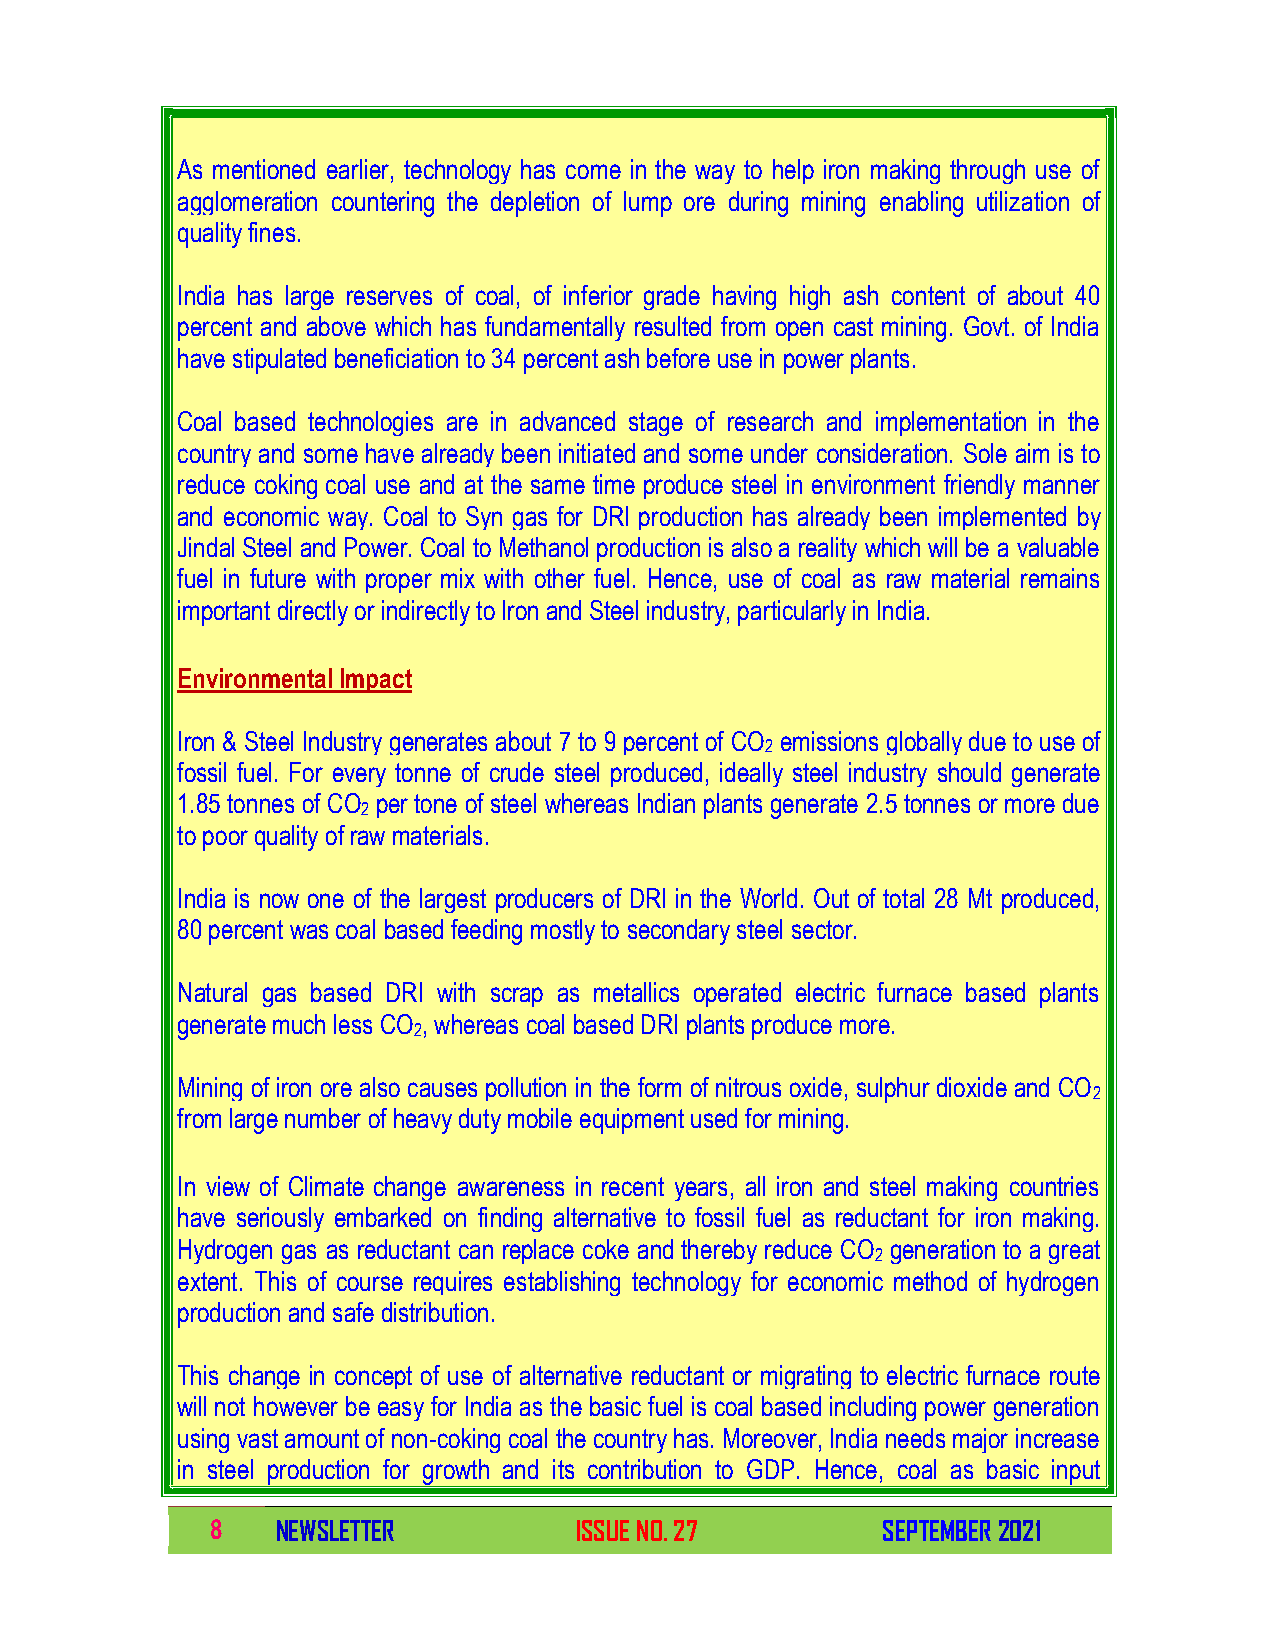
As mentioned earlier, technology has come in the way to help iron making through use of
 agglomeration countering the depletion of lump ore during mining enabling utilization of
 quality fines.
 India has large reserves of coal, of inferior grade having high ash content of about 40
 percent and above which has fundamentally resulted from open cast mining. Govt. of India
 have stipulated beneficiation to 34 percent ash before use in power plants.
 Coal based technologies are in advanced stage of research and implementation in the
 country and some have already been initiated and some under consideration. Sole aim is to
 reduce coking coal use and at the same time produce steel in environment friendly manner
 and economic way. Coal to Syn gas for DRI production has already been implemented by
 Jindal Steel and Power. Coal to Methanol production is also a reality which will be a valuable
 fuel in future with proper mix with other fuel. Hence, use of coal as raw material remains
 important directly or indirectly to Iron and Steel industry, particularly in India.
 Environmental Impact
 Iron & Steel Industry generates about 7 to 9 percent of CO emissions globally due to use of
 2
 fossil fuel. For every tonne of crude steel produced, ideally steel industry should generate
 1.85 tonnes of CO per tone of steel whereas Indian plants generate 2.5 tonnes or more due
 2
 to poor quality of raw materials.
 India is now one of the largest producers of DRI in the World. Out of total 28 Mt produced,
 80 percent was coal based feeding mostly to secondary steel sector.
 Natural gas based DRI with scrap as metallics operated electric furnace based plants
 generate much less CO , whereas coal based DRI plants produce more.
 2
 Mining of iron ore also causes pollution in the form of nitrous oxide, sulphur dioxide and CO
 2
 from large number of heavy duty mobile equipment used for mining.
 In view of Climate change awareness in recent years, all iron and steel making countries
 have seriously embarked on finding alternative to fossil fuel as reductant for iron making.
 Hydrogen gas as reductant can replace coke and thereby reduce CO generation to a great
 2
 extent. This of course requires establishing technology for economic method of hydrogen
 production and safe distribution.
 This change in concept of use of alternative reductant or migrating to electric furnace route
 will not however be easy for India as the basic fuel is coal based including power generation
 using vast amount of non-coking coal the country has. Moreover, India needs major increase
 in steel production for growth and its contribution to GDP. Hence, coal as basic input
 8   NEWSLETTER          ISSUE NO. 27        SEPTEMBER 2021